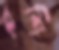
রশি